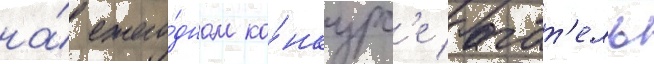
на́ ежего́дном ко́нкурс'е багат'ель